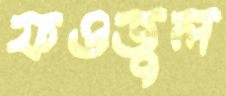
ফওজুল